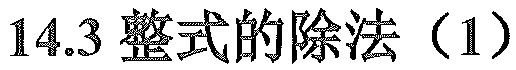
\(14.3\)整式的除法（\(1\)）